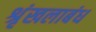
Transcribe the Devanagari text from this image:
श्रृंखलाबंध